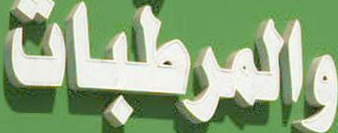
والمرطبات